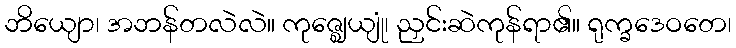
ဘိယျော၊ အဘန်တလဲလဲ။ ကုဇ္ဈေယျုံ၊ ညှင်းဆဲကုန်ရာ၏။ ရုက္ခဒေဝတေ၊